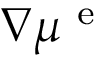
\nabla \mu ^ { \mathrm { ~ e ~ } }